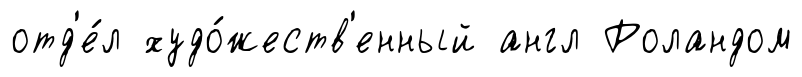
отд'е́л худо́жеств'енный англ Роландом